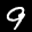
Label: 9